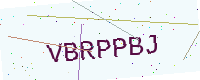
Text: VBRPPBJ